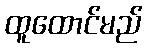
ထူထောင်မည်